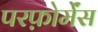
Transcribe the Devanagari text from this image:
परफ़ोर्मेंस